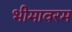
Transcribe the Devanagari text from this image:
भीमावरम